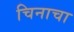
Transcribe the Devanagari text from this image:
चिनाचा